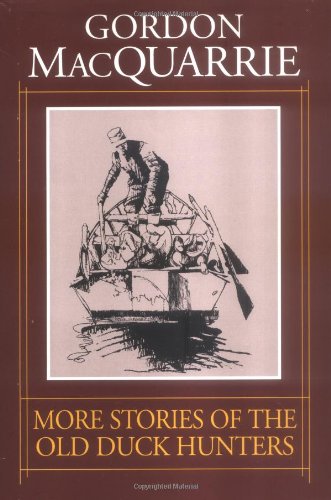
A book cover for More Stories of the Old Duck Hunters; Gordon MacQuarrie; Sports & Outdoors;